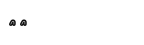
٥٦